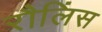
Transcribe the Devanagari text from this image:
रौलिंस